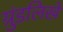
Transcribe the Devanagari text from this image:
ग्रुंडलिखे